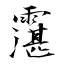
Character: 霮